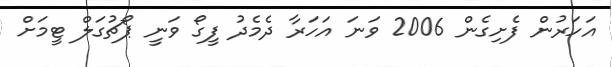
އަހަރުން ފެށިގެން 2006 ވަނަ އަހަރާ ދެމެދު ފީގޯ ވަނީ ޕޯޗުގަލް ޓީމަށް